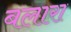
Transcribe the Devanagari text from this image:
बलारा